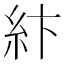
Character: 𥾽